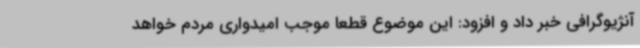
آنژیوگرافی خبر داد و افزود: این موضوع قطعاً موجب امیدواری مردم خواهد